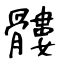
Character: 髏